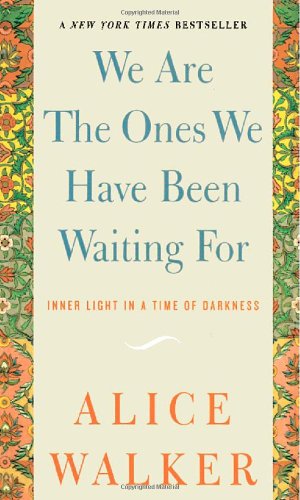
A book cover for We Are the Ones We Have Been Waiting for: Inner Light in a Time of Darkness; Alice Walker; Literature & Fiction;